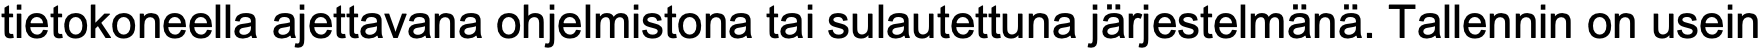
tietokoneella ajettavana ohjelmistona tai sulautettuna järjestelmänä. Tallennin on usein